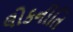
લોકનીતિ